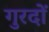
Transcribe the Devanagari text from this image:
गुरदों